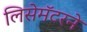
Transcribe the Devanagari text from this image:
लिसेमॅटरने